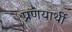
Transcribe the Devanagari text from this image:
प्रणयार्थी